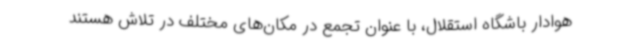
هوادار باشگاه استقلال، با عنوان تجمع در مکان‌های مختلف در تلاش هستند